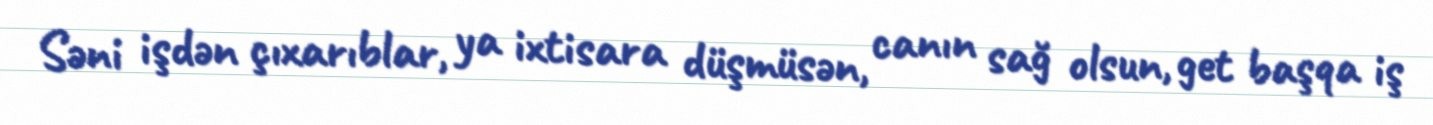
Səni işdən çıxarıblar, ya ixtisara düşmüsən, canın sağ olsun, get başqa iş